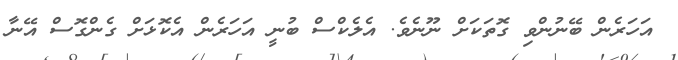
އަހަރެން ބޭނުންވި ގޮތަކަށް ނޫނެވެ. އެލެކްސް ބުނީ އަހަރެން އެކޮޅަށް ގެންގޮސް އޭނާ